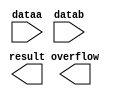
// megafunction wizard: %LPM_ADD_SUB%VBB%
// GENERATION: STANDARD
// VERSION: WM1.0
// MODULE: LPM_ADD_SUB 

// ============================================================
// Megafunction Name(s):
// 			LPM_ADD_SUB
//
// Simulation Library Files(s):
// 			lpm
// ============================================================
// ************************************************************
// THIS IS A WIZARD-GENERATED FILE. DO NOT EDIT THIS FILE!
//
// 11.0 Build 157 04/27/2011 SJ Full Version
// ************************************************************

//Copyright (C) 1991-2011 Altera Corporation
//Your use of Altera Corporation's design tools, logic functions 
//and other software and tools, and its AMPP partner logic 
//functions, and any output files from any of the foregoing 
//(including device programming or simulation files), and any 
//associated documentation or information are expressly subject 
//to the terms and conditions of the Altera Program License 
//Subscription Agreement, Altera MegaCore Function License 
//Agreement, or other applicable license agreement, including, 
//without limitation, that your use is for the sole purpose of 
//programming logic devices manufactured by Altera and sold by 
//Altera or its authorized distributors.  Please refer to the 
//applicable agreement for further details.

module subtracter (
	dataa,
	datab,
	overflow,
	result);

	input	[26:0]  dataa;
	input	[26:0]  datab;
	output	  overflow;
	output	[26:0]  result;

endmodule

// ============================================================
// CNX file retrieval info
// ============================================================
// Retrieval info: PRIVATE: CarryIn NUMERIC "0"
// Retrieval info: PRIVATE: CarryOut NUMERIC "0"
// Retrieval info: PRIVATE: ConstantA NUMERIC "0"
// Retrieval info: PRIVATE: ConstantB NUMERIC "0"
// Retrieval info: PRIVATE: Function NUMERIC "1"
// Retrieval info: PRIVATE: INTENDED_DEVICE_FAMILY STRING "Cyclone IV E"
// Retrieval info: PRIVATE: LPM_PIPELINE NUMERIC "0"
// Retrieval info: PRIVATE: Latency NUMERIC "0"
// Retrieval info: PRIVATE: Overflow NUMERIC "1"
// Retrieval info: PRIVATE: RadixA NUMERIC "10"
// Retrieval info: PRIVATE: RadixB NUMERIC "10"
// Retrieval info: PRIVATE: Representation NUMERIC "0"
// Retrieval info: PRIVATE: SYNTH_WRAPPER_GEN_POSTFIX STRING "0"
// Retrieval info: PRIVATE: ValidCtA NUMERIC "0"
// Retrieval info: PRIVATE: ValidCtB NUMERIC "0"
// Retrieval info: PRIVATE: WhichConstant NUMERIC "0"
// Retrieval info: PRIVATE: aclr NUMERIC "0"
// Retrieval info: PRIVATE: clken NUMERIC "0"
// Retrieval info: PRIVATE: nBit NUMERIC "27"
// Retrieval info: PRIVATE: new_diagram STRING "1"
// Retrieval info: LIBRARY: lpm lpm.lpm_components.all
// Retrieval info: CONSTANT: LPM_DIRECTION STRING "SUB"
// Retrieval info: CONSTANT: LPM_HINT STRING "ONE_INPUT_IS_CONSTANT=NO,CIN_USED=NO"
// Retrieval info: CONSTANT: LPM_REPRESENTATION STRING "SIGNED"
// Retrieval info: CONSTANT: LPM_TYPE STRING "LPM_ADD_SUB"
// Retrieval info: CONSTANT: LPM_WIDTH NUMERIC "27"
// Retrieval info: USED_PORT: dataa 0 0 27 0 INPUT NODEFVAL "dataa[26..0]"
// Retrieval info: USED_PORT: datab 0 0 27 0 INPUT NODEFVAL "datab[26..0]"
// Retrieval info: USED_PORT: overflow 0 0 0 0 OUTPUT NODEFVAL "overflow"
// Retrieval info: USED_PORT: result 0 0 27 0 OUTPUT NODEFVAL "result[26..0]"
// Retrieval info: CONNECT: @dataa 0 0 27 0 dataa 0 0 27 0
// Retrieval info: CONNECT: @datab 0 0 27 0 datab 0 0 27 0
// Retrieval info: CONNECT: overflow 0 0 0 0 @overflow 0 0 0 0
// Retrieval info: CONNECT: result 0 0 27 0 @result 0 0 27 0
// Retrieval info: GEN_FILE: TYPE_NORMAL subtracter.v TRUE
// Retrieval info: GEN_FILE: TYPE_NORMAL subtracter.inc FALSE
// Retrieval info: GEN_FILE: TYPE_NORMAL subtracter.cmp FALSE
// Retrieval info: GEN_FILE: TYPE_NORMAL subtracter.bsf FALSE
// Retrieval info: GEN_FILE: TYPE_NORMAL subtracter_inst.v FALSE
// Retrieval info: GEN_FILE: TYPE_NORMAL subtracter_bb.v TRUE
// Retrieval info: LIB_FILE: lpm